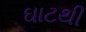
ઘાટથી